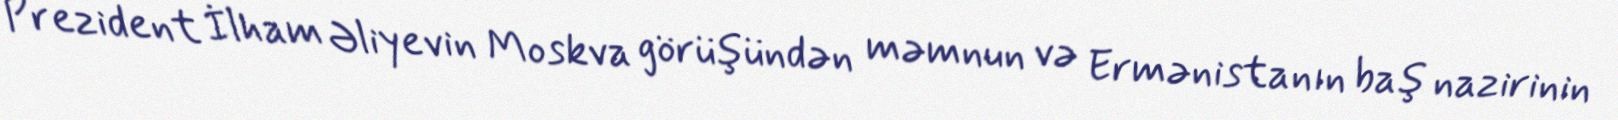
Prezident İlham Əliyevin Moskva görüşündən məmnun və Ermənistanın baş nazirinin